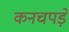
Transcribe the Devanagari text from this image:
कनचपड़े